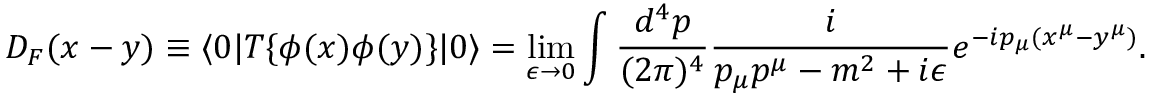
D _ { F } ( x - y ) \equiv \langle 0 | T \{ \phi ( x ) \phi ( y ) \} | 0 \rangle = \operatorname* { l i m } _ { \epsilon \to 0 } \int { \frac { d ^ { 4 } p } { ( 2 \pi ) ^ { 4 } } } { \frac { i } { p _ { \mu } p ^ { \mu } - m ^ { 2 } + i \epsilon } } e ^ { - i p _ { \mu } ( x ^ { \mu } - y ^ { \mu } ) } .